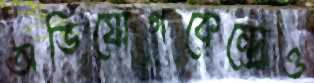
অভিযোগকেন্দ্রেও